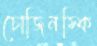
চোজিনস্কি